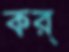
কর্